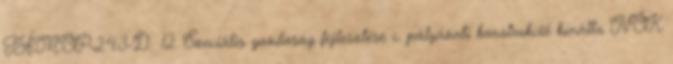
TÁMOP-2.4.3-D 12. Szociális gazdaság fejlesztése c. pályázati konstrukció kínálta NŐK